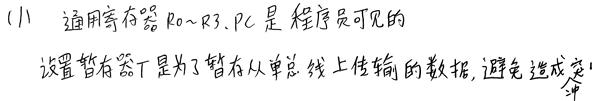
(1) 通用寄存器R0~R3、PC是程序员可见的
设置暂存器T是为了暂存从单总线上传输的数据,避免造成突